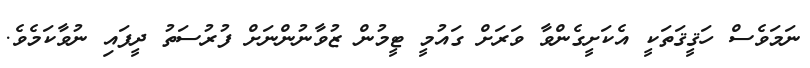
ނަމަވެސް ހަޤީޤަތަކީ އެކަށީގެންވާ ވަރަށް ގައުމީ ޓީމުން ޒުވާނުންނަށް ފުރުސަތު ދީފައި ނުވާކަމެވެ.